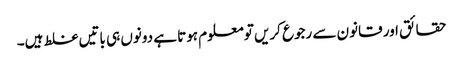
حقائق اور قانون سے رجوع کریں تو معلوم ہوتا ہے دونوں ہی باتیں غلط ہیں۔